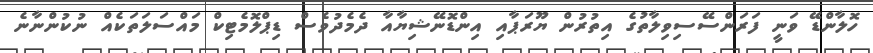
ހޮލާންޑޭ ވަނީ ފަރަންސޭސިވިލާތުގެ އިތުރުން ޔޫރަޕާއި އިންޑޮނޭޝިޔާއާ ދެމެދުވެސް ޑިޕްލޮމެޓިކް މައްސަލަތަކެއް ނުކުންނާނެ